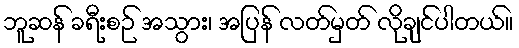
ဘူဆန် ခရီးစဉ် အသွား၊ အပြန် လတ်မှတ် လိုချင်ပါတယ်။